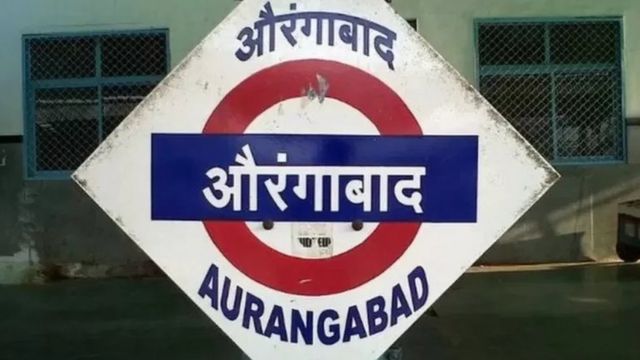
Language: marathi
Transcription: औरंगाबाद औरंगाबाद